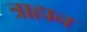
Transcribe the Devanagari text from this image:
त्राहान